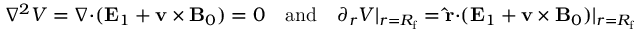
\begin{array} { r } { \nabla ^ { 2 } V = \boldsymbol { \nabla } \mathbf { \cdot } ( \mathbf { E } _ { 1 } + \mathbf { v } \times \mathbf { B } _ { 0 } ) = 0 \quad \mathrm { a n d } \quad \partial _ { r } V \vert _ { r = R _ { \mathrm { f } } } = \mathbf { \hat { r } } \mathbf { \cdot } ( \mathbf { E } _ { 1 } + \mathbf { v } \times \mathbf { B } _ { 0 } ) \vert _ { r = R _ { \mathrm { f } } } } \end{array}